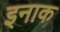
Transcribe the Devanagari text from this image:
इनाक